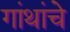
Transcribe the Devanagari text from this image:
गांथांचे